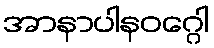
အာနာပါနဝဂ္ဂေါ